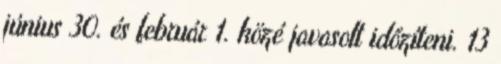
június 30. és február 1. közé javasolt időzíteni. 13